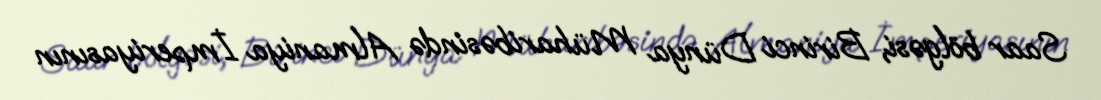
Saar bölgəsi, Birinci Dünya Müharibəsində Almaniya İmperiyasının